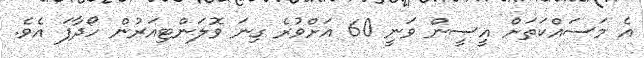
އެ މަސައްކަތަށް އީސީން ވަނީ 60 އަށްވުރެ ގިނަ ވޮލަންޓިއަރުން ހޯދާފަ އެވެ.